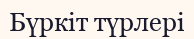
Бүркіт түрлері